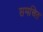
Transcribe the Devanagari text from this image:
समचित